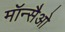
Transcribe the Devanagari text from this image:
मॉन्सैओ